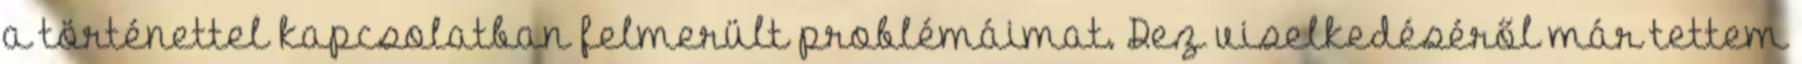
a történettel kapcsolatban felmerült problémáimat. Dez viselkedéséről már tettem